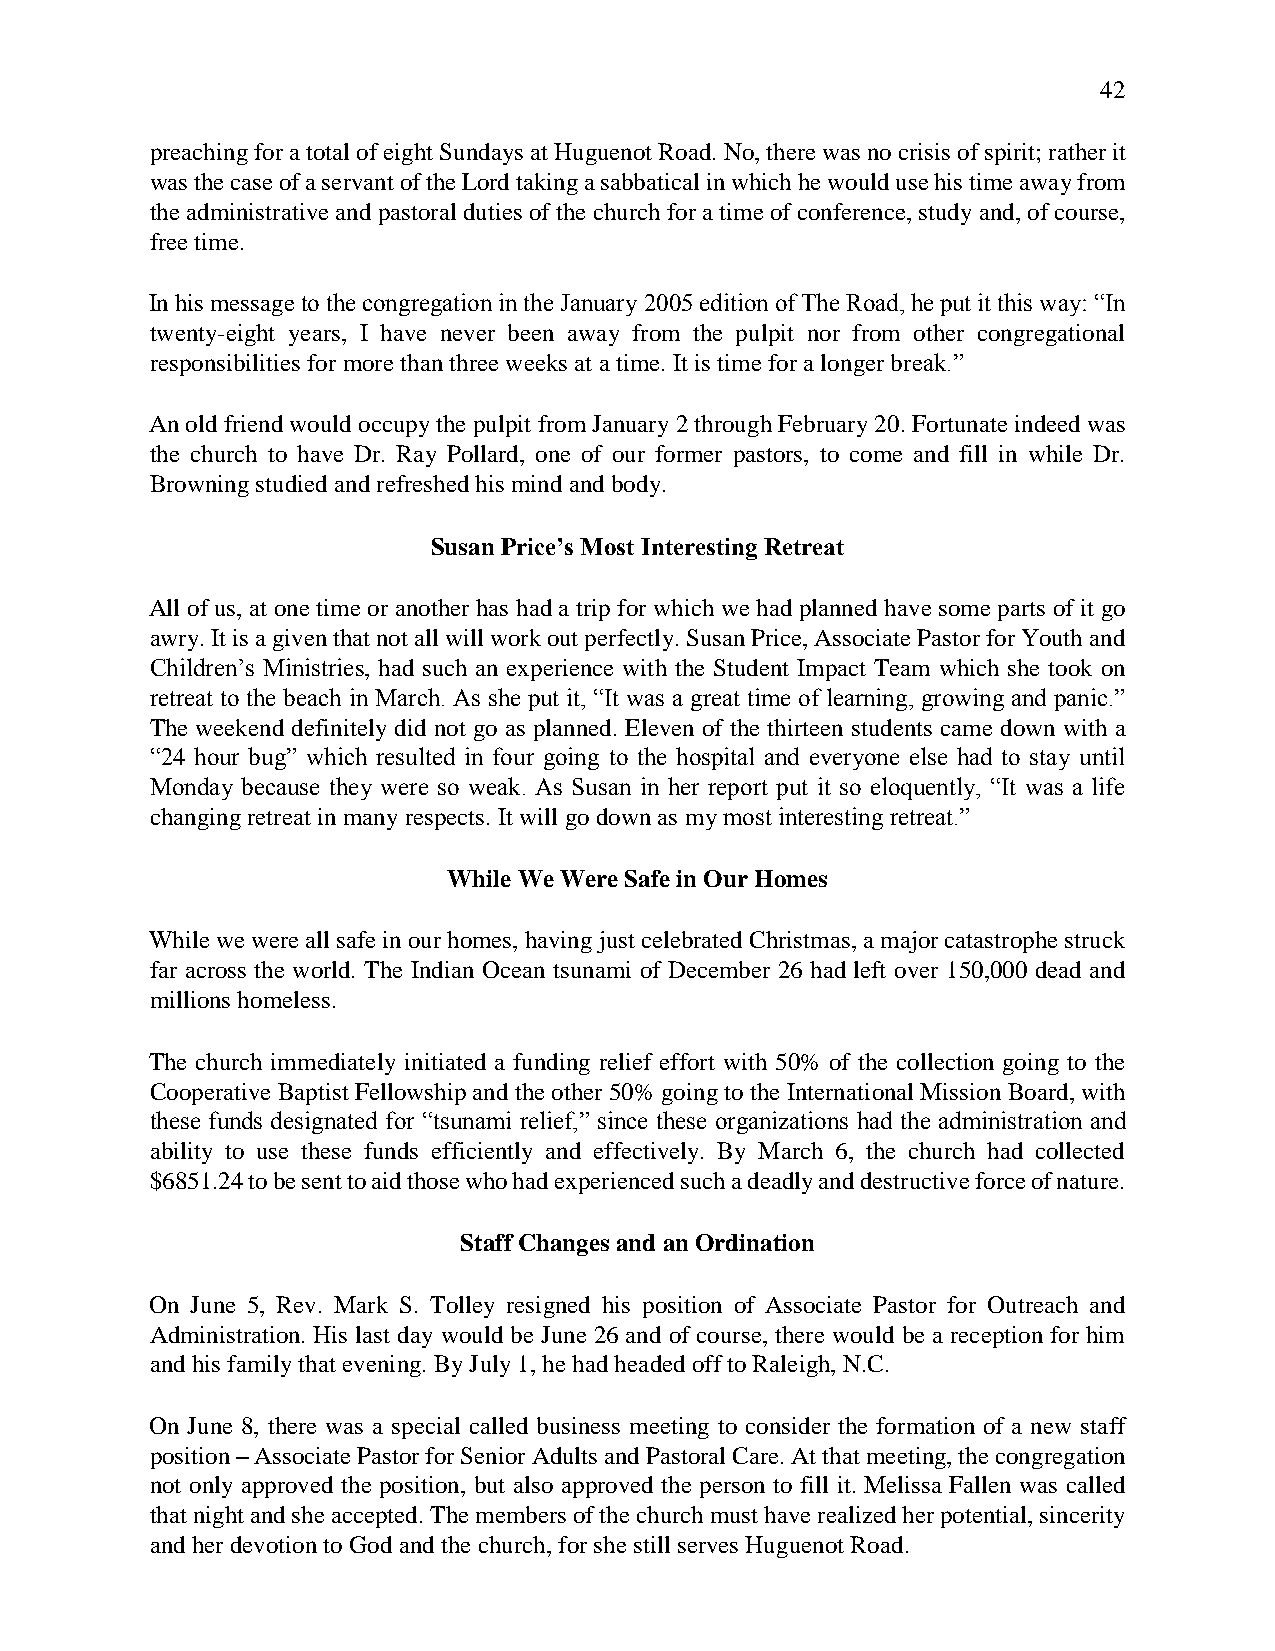
42
 preaching for a total of eight Sundays at Huguenot Road. No, there was no crisis of spirit; rather it
 was the case of a servant of the Lord taking a sabbatical in which he would use his time away from
 the administrative and pastoral duties of the church for a time of conference, study and, of course,
 free time.
 In his message to the congregation in the January 2005 edition of The Road, he put it this way: “In
 twenty-eight years, I have never been away from the pulpit nor from other congregational
 responsibilities for more than three weeks at a time. It is time for a longer break.”
 An old friend would occupy the pulpit from January 2 through February 20. Fortunate indeed was
 the church to have Dr. Ray Pollard, one of our former pastors, to come and fill in while Dr.
 Browning studied and refreshed his mind and body.
 Susan Price’s Most Interesting Retreat
 All of us, at one time or another has had a trip for which we had planned have some parts of it go
 awry. It is a given that not all will work out perfectly. Susan Price, Associate Pastor for Youth and
 Children’s Ministries, had such an experience with the Student Impact Team which she took on
 retreat to the beach in March. As she put it, “It was a great time of learning, growing and panic.”
 The weekend definitely did not go as planned. Eleven of the thirteen students came down with a
 “24 hour bug” which resulted in four going to the hospital and everyone else had to stay until
 Monday because they were so weak. As Susan in her report put it so eloquently, “It was a life
 changing retreat in many respects. It will go down as my most interesting retreat.”
 While We Were Safe in Our Homes
 While we were all safe in our homes, having just celebrated Christmas, a major catastrophe struck
 far across the world. The Indian Ocean tsunami of December 26 had left over 150,000 dead and
 millions homeless.
 The church immediately initiated a funding relief effort with 50% of the collection going to the
 Cooperative Baptist Fellowship and the other 50% going to the International Mission Board, with
 these funds designated for “tsunami relief,” since these organizations had the administration and
 ability to use these funds efficiently and effectively. By March 6, the church had collected
 $6851.24 to be sent to aid those who had experienced such a deadly and destructive force of nature.
 Staff Changes and an Ordination
 On June 5, Rev. Mark S. Tolley resigned his position of Associate Pastor for Outreach and
 Administration. His last day would be June 26 and of course, there would be a reception for him
 and his family that evening. By July 1, he had headed off to Raleigh, N.C.
 On June 8, there was a special called business meeting to consider the formation of a new staff
 position – Associate Pastor for Senior Adults and Pastoral Care. At that meeting, the congregation
 not only approved the position, but also approved the person to fill it. Melissa Fallen was called
 that night and she accepted. The members of the church must have realized her potential, sincerity
 and her devotion to God and the church, for she still serves Huguenot Road.